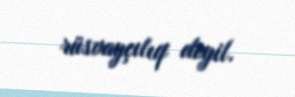
rüsvayçılıq deyil.